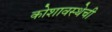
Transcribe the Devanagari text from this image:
कोशावस्थेची